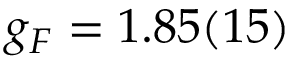
g _ { F } = 1 . 8 5 ( 1 5 )